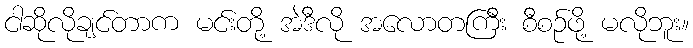
ငါဆိုလိုချင်တာက မင်းတို့ အဲဒီလို အလောတကြီး စီစဉ်ဖို့ မလိုဘူး။